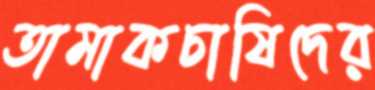
তামাকচাষিদের